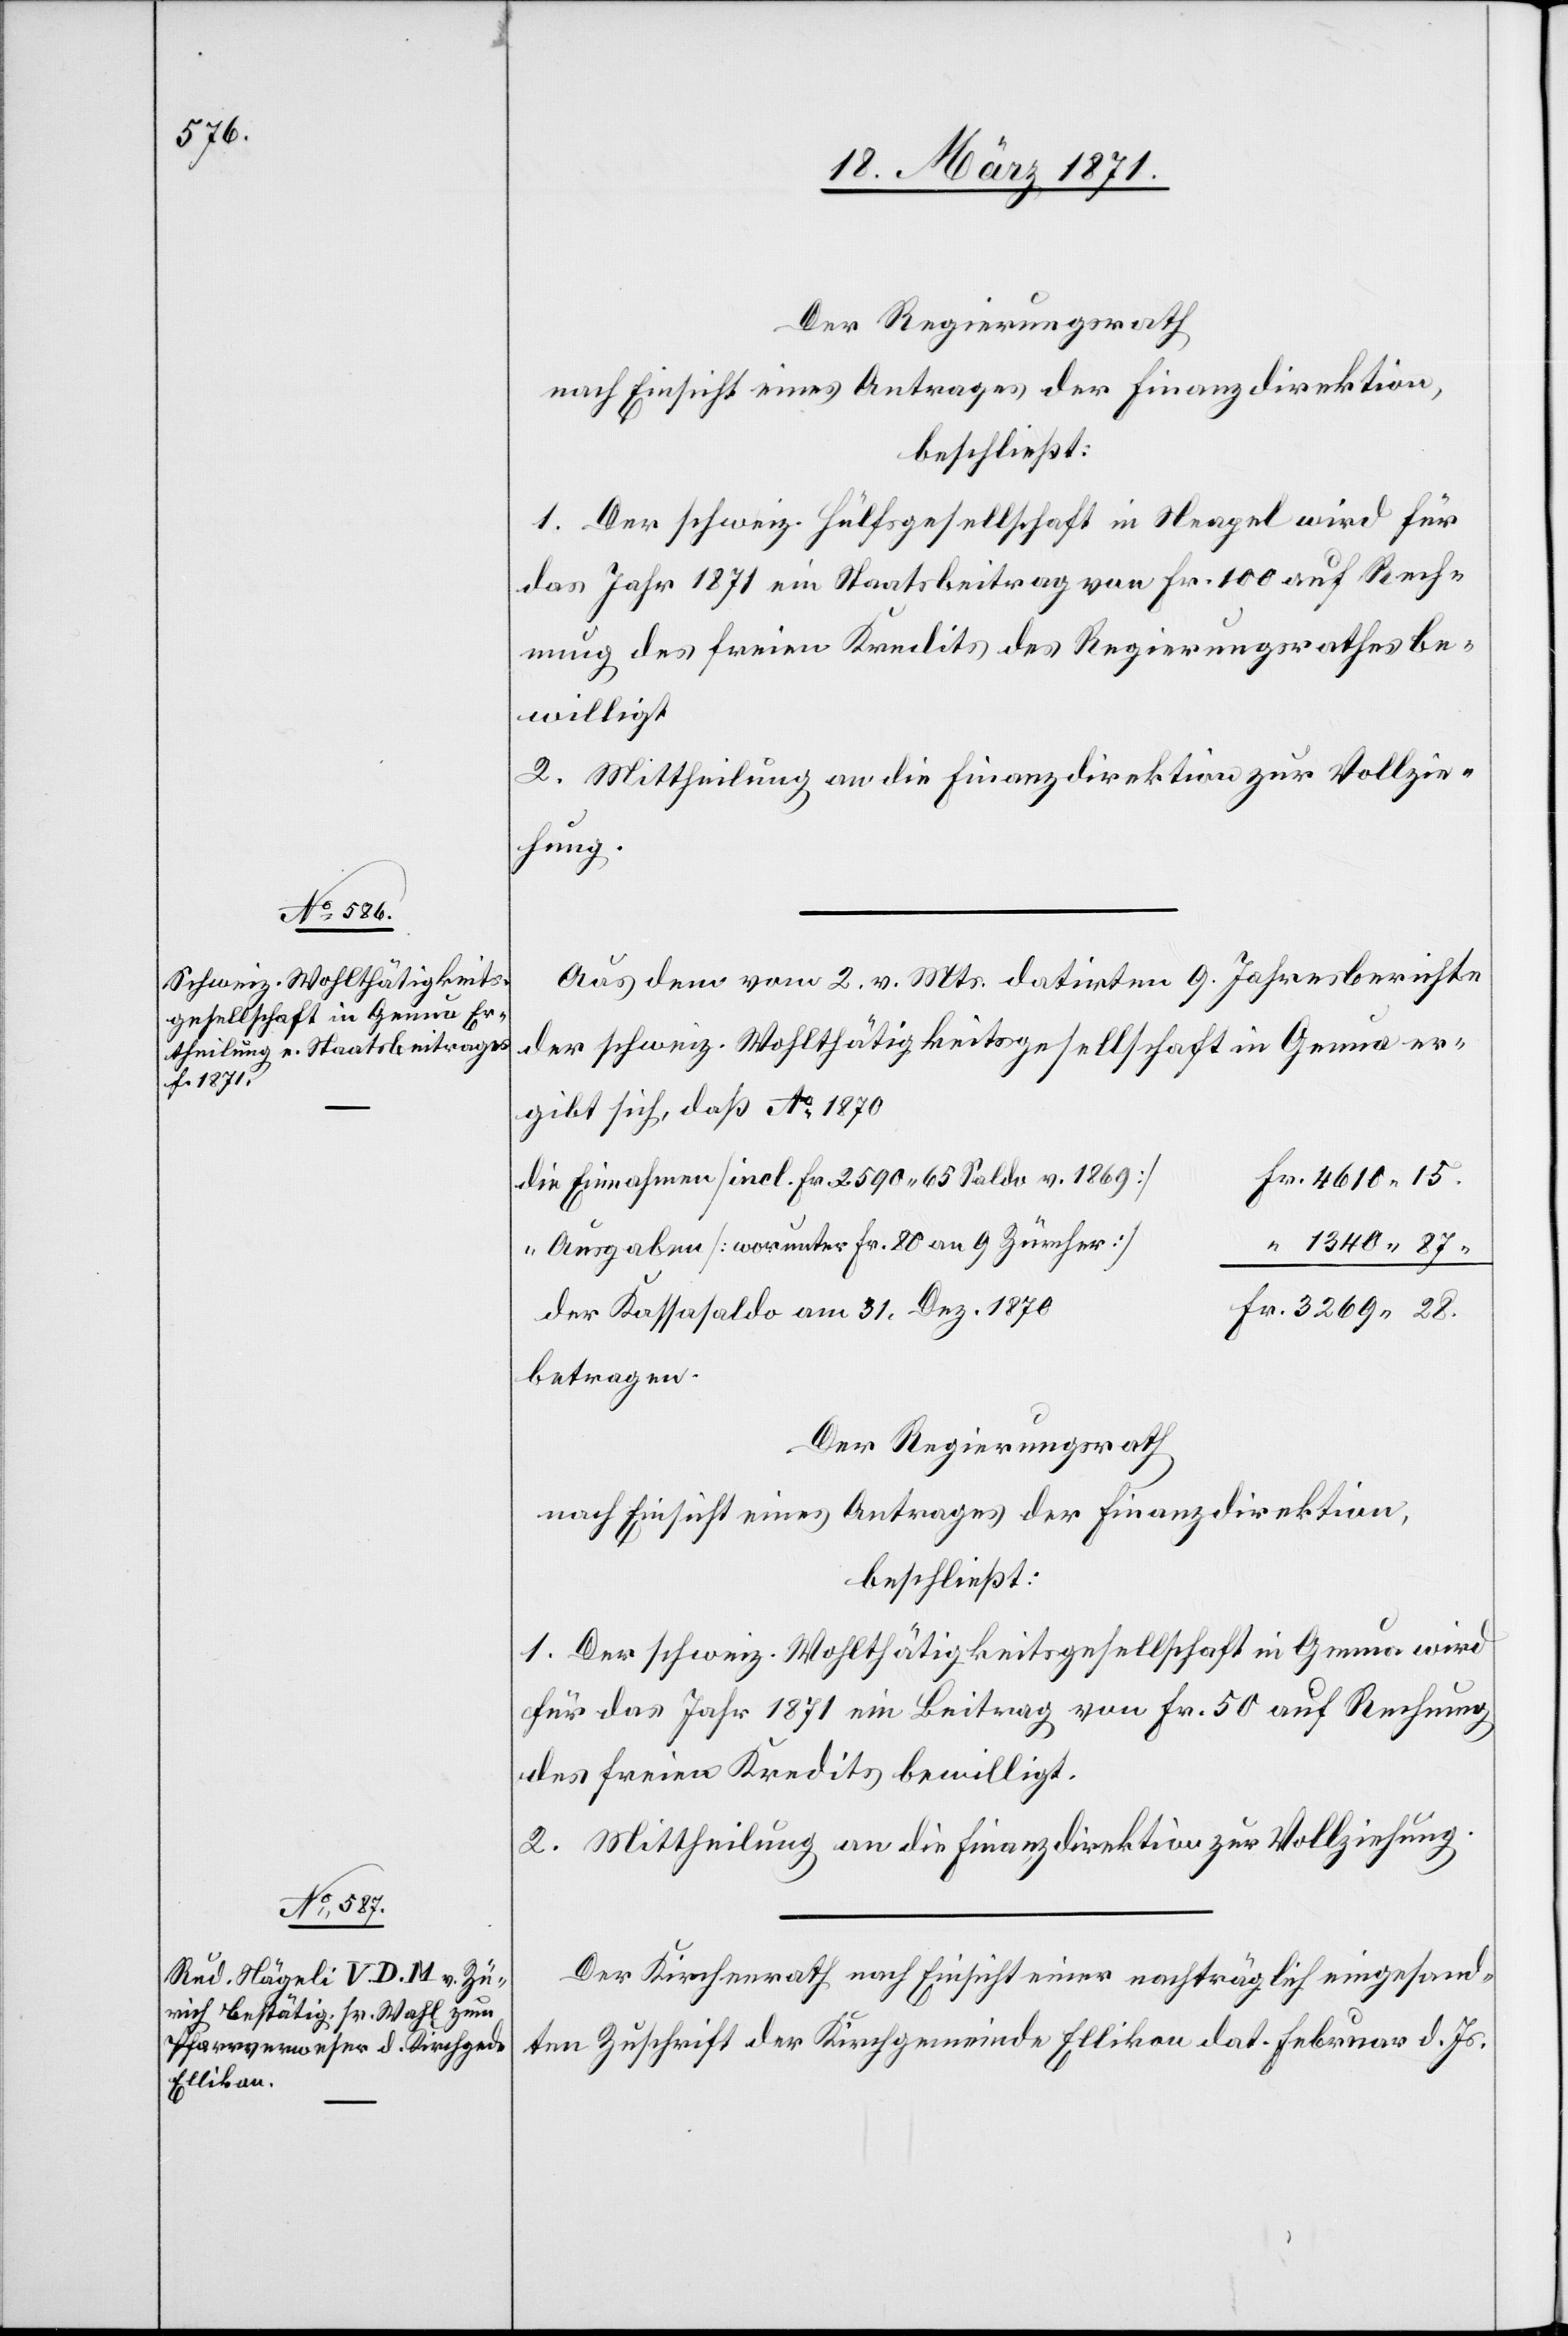
Der Regierungsrath
nach Einsicht eines Antrages der Finanzdirektion,
beschließt:
1. Der schweiz. Hülfsgesellschaft in Neapel wird für
das Jahr 1871 ein Staatsbeitrag von Fr. 100 auf Rech¬
nung des freien Kredits des Regierungsrathes be¬
willigt.
2. Mittheilung an die Finanzdirektion zur Vollzie¬
hung.
Aus dem vom 2. v. Mts. datirten 9. Jahresberichte
der schweiz. Wohlthätigkeitsgesellschaft in Genua er¬
gibt sich, daß Ao. 1870
die Einnahmen [incl. Fr. 2590.65 Saldo v. 1869]
Fr. 4610.15.
“ Ausgaben [worunter Fr. 80 an 9 Zürcher]
“ 1340.87.
Fr. 3269.28.
der Kassasaldo am 31. Dez. 1870
betragen.
Der Regierungsrath
nach Einsicht eines Antrages der Finanzdirektion,
beschließt:
1. Der schweiz. Wohlthätigkeitsgesellschaft in Genua wird
für das Jahr 1871 ein Beitrag von Fr. 50 auf Rechnung
des freien Kredits bewilligt.
2. Mittheilung an die Finanzdirektion zur Vollziehung.
Der Kirchenrath nach Einsicht einer nachträglich eingesand¬
ten Zuschrift der Kirchgemeinde Ellikon dat. Februar d. Js.